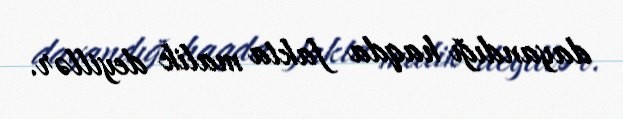
dayandığı haqda fakta malik deyillər.